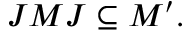
J M J \subseteq M ^ { \prime } .